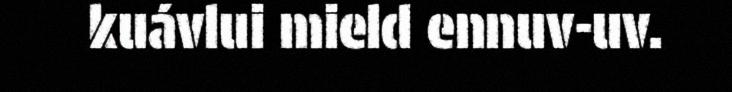
kuávlui mield ennuv-uv.